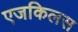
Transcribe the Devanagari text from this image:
एजकिलस